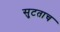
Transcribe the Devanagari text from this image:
सुटताच